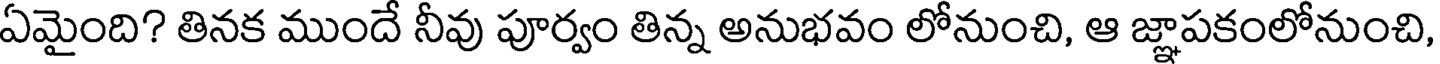
ఏమైంది? తినక ముందే నీవు పూర్వం తిన్న అనుభవం లోనుంచి, ఆ జ్ఞాపకంలోనుంచి